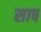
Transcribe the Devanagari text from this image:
साष